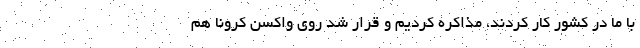
با ما در کشور کار کردند، مذاکره کردیم و قرار شد روی واکسن کرونا هم